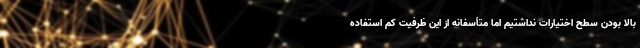
بالا بودن سطح اختیارات نداشتیم اما متأسفانه از این ظرفیت کم استفاده